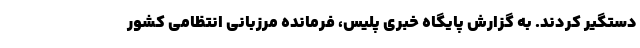
دستگیر کردند. به گزارش پایگاه خبری پلیس، فرمانده مرزبانی انتظامی کشور